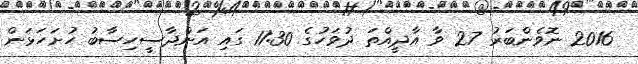
2016 ނޮވެންބަރު 27 ވާ އާދީއްތަ ދުވަހުގެ 11:30 ގައި އަންދާސީހިސާބު ހުށަހަޅަން